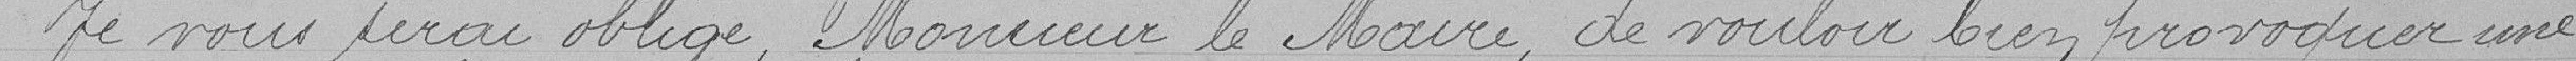
Je vous serai obligé Monsieur le Maire de vouloir bien provoquer une